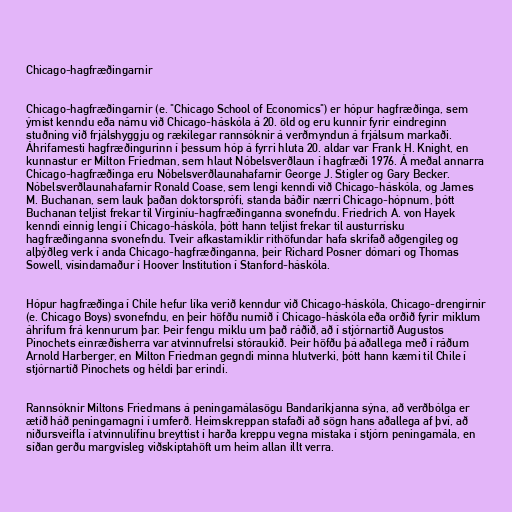
Chicago-hagfræðingarnir

Chicago-hagfræðingarnir (e. "Chicago School of Economics") er hópur hagfræðinga, sem
ýmist kenndu eða námu við Chicago-háskóla á 20. öld og eru kunnir fyrir eindreginn
stuðning við frjálshyggju og rækilegar rannsóknir á verðmyndun á frjálsum markaði.
Áhrifamesti hagfræðingurinn í þessum hóp á fyrri hluta 20. aldar var Frank H. Knight, en
kunnastur er Milton Friedman, sem hlaut Nóbelsverðlaun í hagfræði 1976. Á meðal annarra
Chicago-hagfræðinga eru Nóbelsverðlaunahafarnir George J. Stigler og Gary Becker.
Nóbelsverðlaunahafarnir Ronald Coase, sem lengi kenndi við Chicago-háskóla, og James
M. Buchanan, sem lauk þaðan doktorsprófi, standa báðir nærri Chicago-hópnum, þótt
Buchanan teljist frekar til Virginíu-hagfræðinganna svonefndu. Friedrich A. von Hayek
kenndi einnig lengi í Chicago-háskóla, þótt hann teljist frekar til austurrísku
hagfræðinganna svonefndu. Tveir afkastamiklir rithöfundar hafa skrifað aðgengileg og
alþýðleg verk í anda Chicago-hagfræðinganna, þeir Richard Posner dómari og Thomas
Sowell, vísindamaður í Hoover Institution í Stanford-háskóla.

Hópur hagfræðinga í Chile hefur líka verið kenndur við Chicago-háskóla, Chicago-drengirnir
(e. Chicago Boys) svonefndu, en þeir höfðu numið í Chicago-háskóla eða orðið fyrir miklum
áhrifum frá kennurum þar. Þeir fengu miklu um það ráðið, að í stjórnartíð Augustos
Pinochets einræðisherra var atvinnufrelsi stóraukið. Þeir höfðu þá aðallega með í ráðum
Arnold Harberger, en Milton Friedman gegndi minna hlutverki, þótt hann kæmi til Chile í
stjórnartíð Pinochets og héldi þar erindi.

Rannsóknir Miltons Friedmans á peningamálasögu Bandaríkjanna sýna, að verðbólga er
ætíð háð peningamagni í umferð. Heimskreppan stafaði að sögn hans aðallega af því, að
niðursveifla í atvinnulífinu breyttist í harða kreppu vegna mistaka í stjórn peningamála, en
síðan gerðu margvísleg viðskiptahöft um heim allan illt verra.